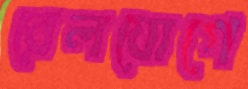
রেলযোগে